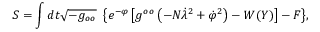
{ \cal S } = { \displaystyle \int d t \sqrt { - g _ { o o } } \ \left\{ e ^ { - \varphi } \left[ g ^ { o o } \left( - N \dot { \lambda } ^ { 2 } + \dot { \varphi } ^ { 2 } \right) - W ( Y ) \right] - F \right\} } ,